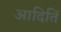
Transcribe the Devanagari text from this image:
आदितिं